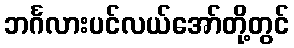
ဘင်္ဂလားပင်လယ်အော်တို့တွင်